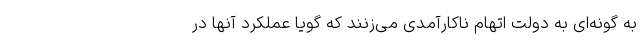
به گونه‌ای به دولت اتهام ناکارآمدی می‌زنند که گویا عملکرد آنها در